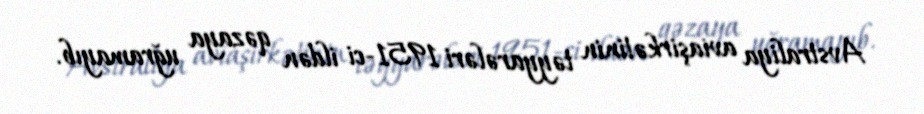
Avstraliya aviaşirkətinin təyyarələri 1951-ci ildən qəzaya uğramayıb.